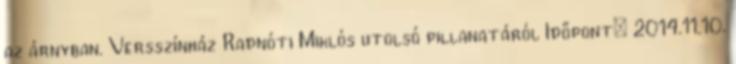
az árnyban. Versszínház Radnóti Miklós utolsó pillanatáról Időpont: 2014.11.10.